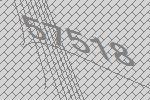
57518